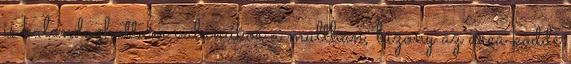
is kalandozhattam valamikor a múltban, bizony az arca köddé